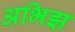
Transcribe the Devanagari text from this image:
अभिझ